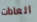
العادات